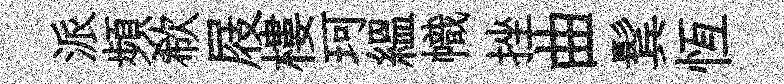
派頻欷屐樓珂緼幟挫曲鬂恆